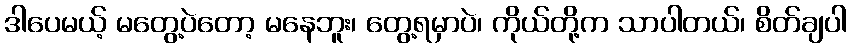
ဒါပေမယ့် မတွေ့ပဲတော့ မနေဘူး၊ တွေ့ရမှာပဲ၊ ကိုယ်တို့က သာပါတယ်၊ စိတ်ချပါ